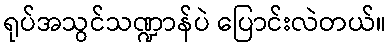
ရုပ်အသွင်သဏ္ဍာန်ပဲ ပြောင်းလဲတယ်။